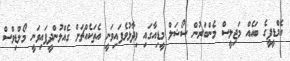
އެމްޑީޕީގެ ބައެއް މަޖިލީސް މެންބަރުން ސޯޝަލް މީޑިއާގައި ވިދާޅުވެފައިވަނީ އެތަކެއްޗަށް ގެއްލުންދީފައިވަނީ މޯލްޑިވްސް